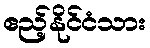
ဧည့်နိုင်ငံသား